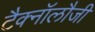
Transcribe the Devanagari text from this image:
टैक्नॉलौजी